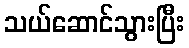
သယ်ဆောင်သွားပြီး